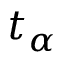
t _ { \alpha }